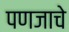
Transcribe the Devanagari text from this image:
पणजाचे